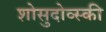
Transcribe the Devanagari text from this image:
शोसुदोव्स्की